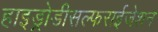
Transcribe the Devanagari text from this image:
हाइड्रोडीसल्फराईजेशन